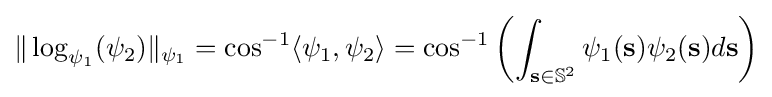
\|\log _{\psi _{1}}(\psi _{2})\|_{\psi _{1}}=\cos ^{-1}\langle \psi _{1},\psi _{2}\rangle =\cos ^{-1}\left(\int _{{\bf {s}}\in {\mathbb {S} }^{2}}\psi _{1}({\bf {s}})\psi _{2}({\bf {s}})d{\bf {s}}\right)